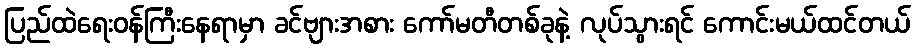
ပြည်ထဲရေးဝန်ကြီးနေရာမှာ ခင်ဗျားအစား ကော်မတီတစ်ခုနဲ့ လုပ်သွားရင် ကောင်းမယ်ထင်တယ်